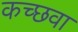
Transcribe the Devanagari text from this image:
कच्छवा